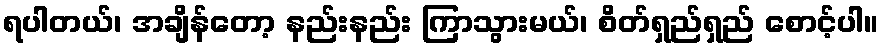
ရပါတယ်၊ အချိန်တော့ နည်းနည်း ကြာသွားမယ်၊ စိတ်ရှည်ရှည် စောင့်ပါ။